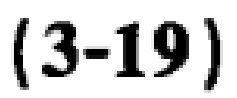
\((3 - 19)\)